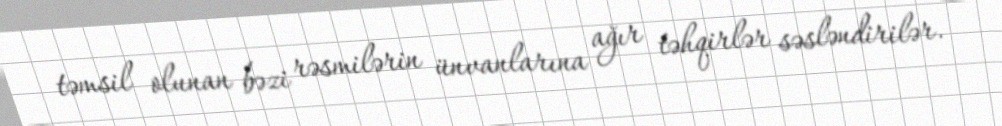
təmsil olunan bəzi rəsmilərin ünvanlarına ağır təhqirlər səsləndirilər.